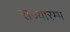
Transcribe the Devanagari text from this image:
राज्यारम्भ